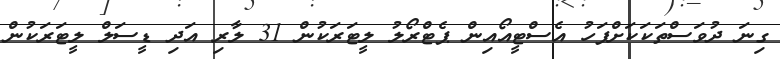
ގިނަ ދުވަސްތަކަކަށްފަހު އެސްޓީއޯއިން ޕެޓްރޯލު ލީޓަރަކުން 31 ލާރި އަދި ޑީސަލް ލީޓަރަކުން